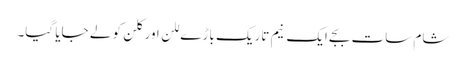
شام سات بجے ایک نیم تاریک باڑے للن اور کلن کو لے جایا گیا۔